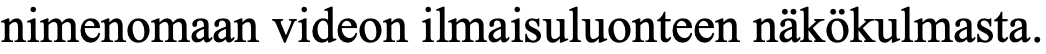
nimenomaan videon ilmaisuluonteen näkökulmasta.